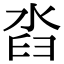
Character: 㳫